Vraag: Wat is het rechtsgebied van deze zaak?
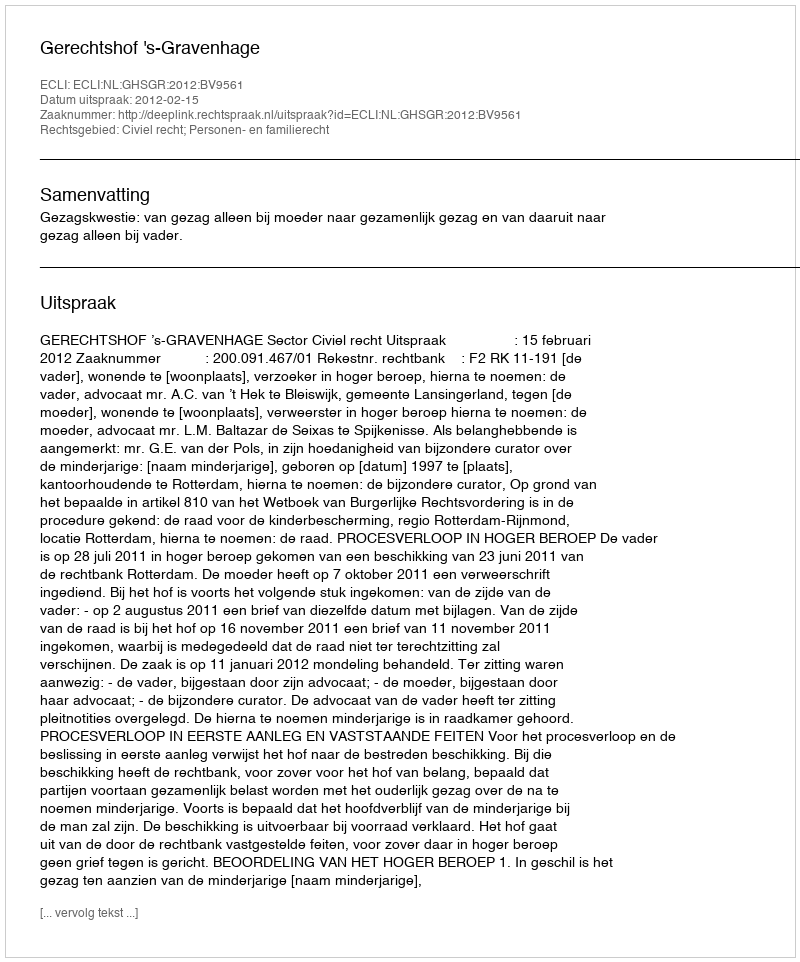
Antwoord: Civiel recht; Personen- en familierecht